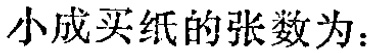
小成买纸的张数为：